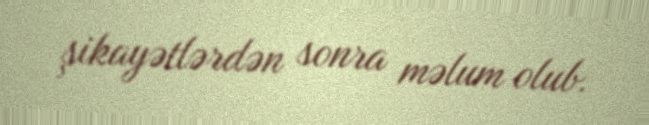
şikayətlərdən sonra məlum olub.